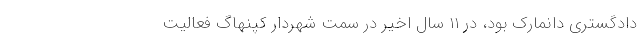
دادگستری دانمارک بود، در ۱۱ سال اخیر در سمت شهردار کپنهاگ فعالیت